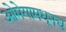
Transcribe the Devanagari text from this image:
ओमेगामधूनच